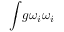
\int \! g \omega _ { i } \omega _ { i }